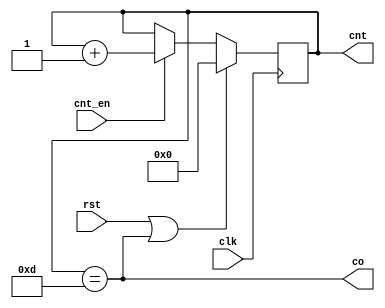
module cntr13(clk, rst, cnt_en, cnt, co);
input clk, rst, cnt_en;
output co;
output reg [3:0] cnt;
always@(posedge clk) begin
	if(rst | cnt == 4'b1101) cnt = 4'b0;
	else if(cnt_en) cnt = cnt + 1;
end
assign co = (cnt == 4'b1101);
endmodule